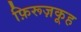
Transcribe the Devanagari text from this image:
फ़िरूज़कूह